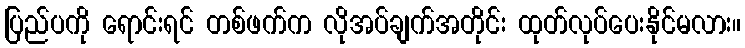
ပြည်ပကို ရောင်းရင် တစ်ဖက်က လိုအပ်ချက်အတိုင်း ထုတ်လုပ်ပေးနိုင်မလား။